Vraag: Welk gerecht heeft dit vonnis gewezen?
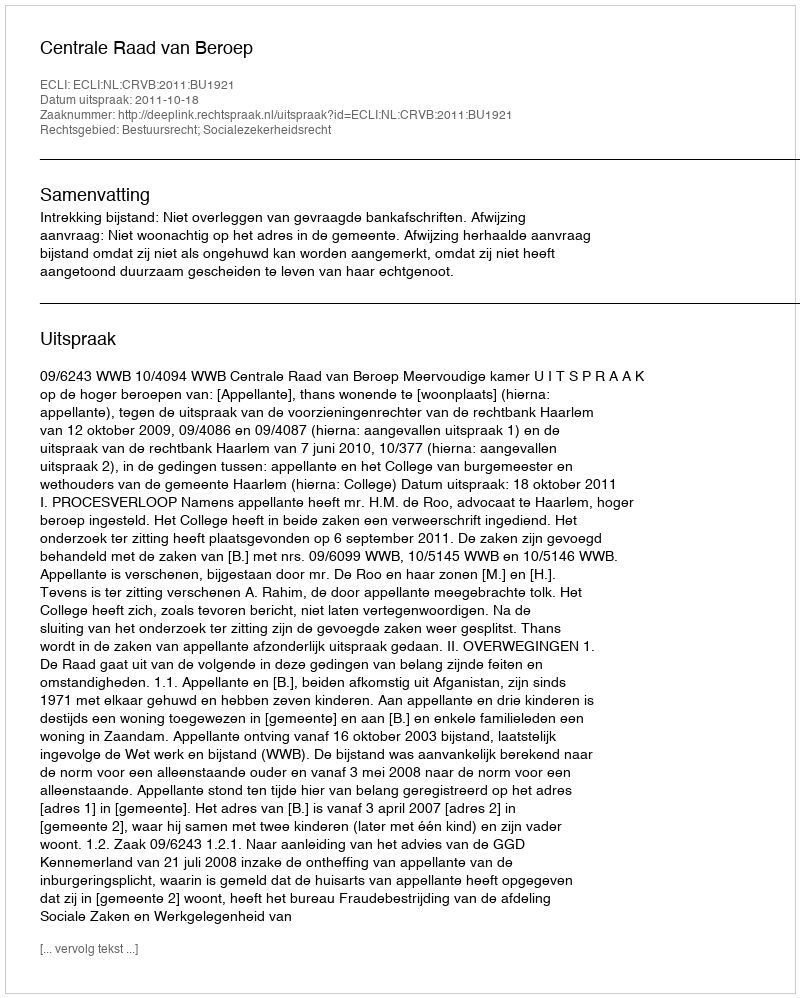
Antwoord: Centrale Raad van Beroep